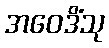
အဝေဒိံသု